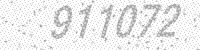
Solution: 911072